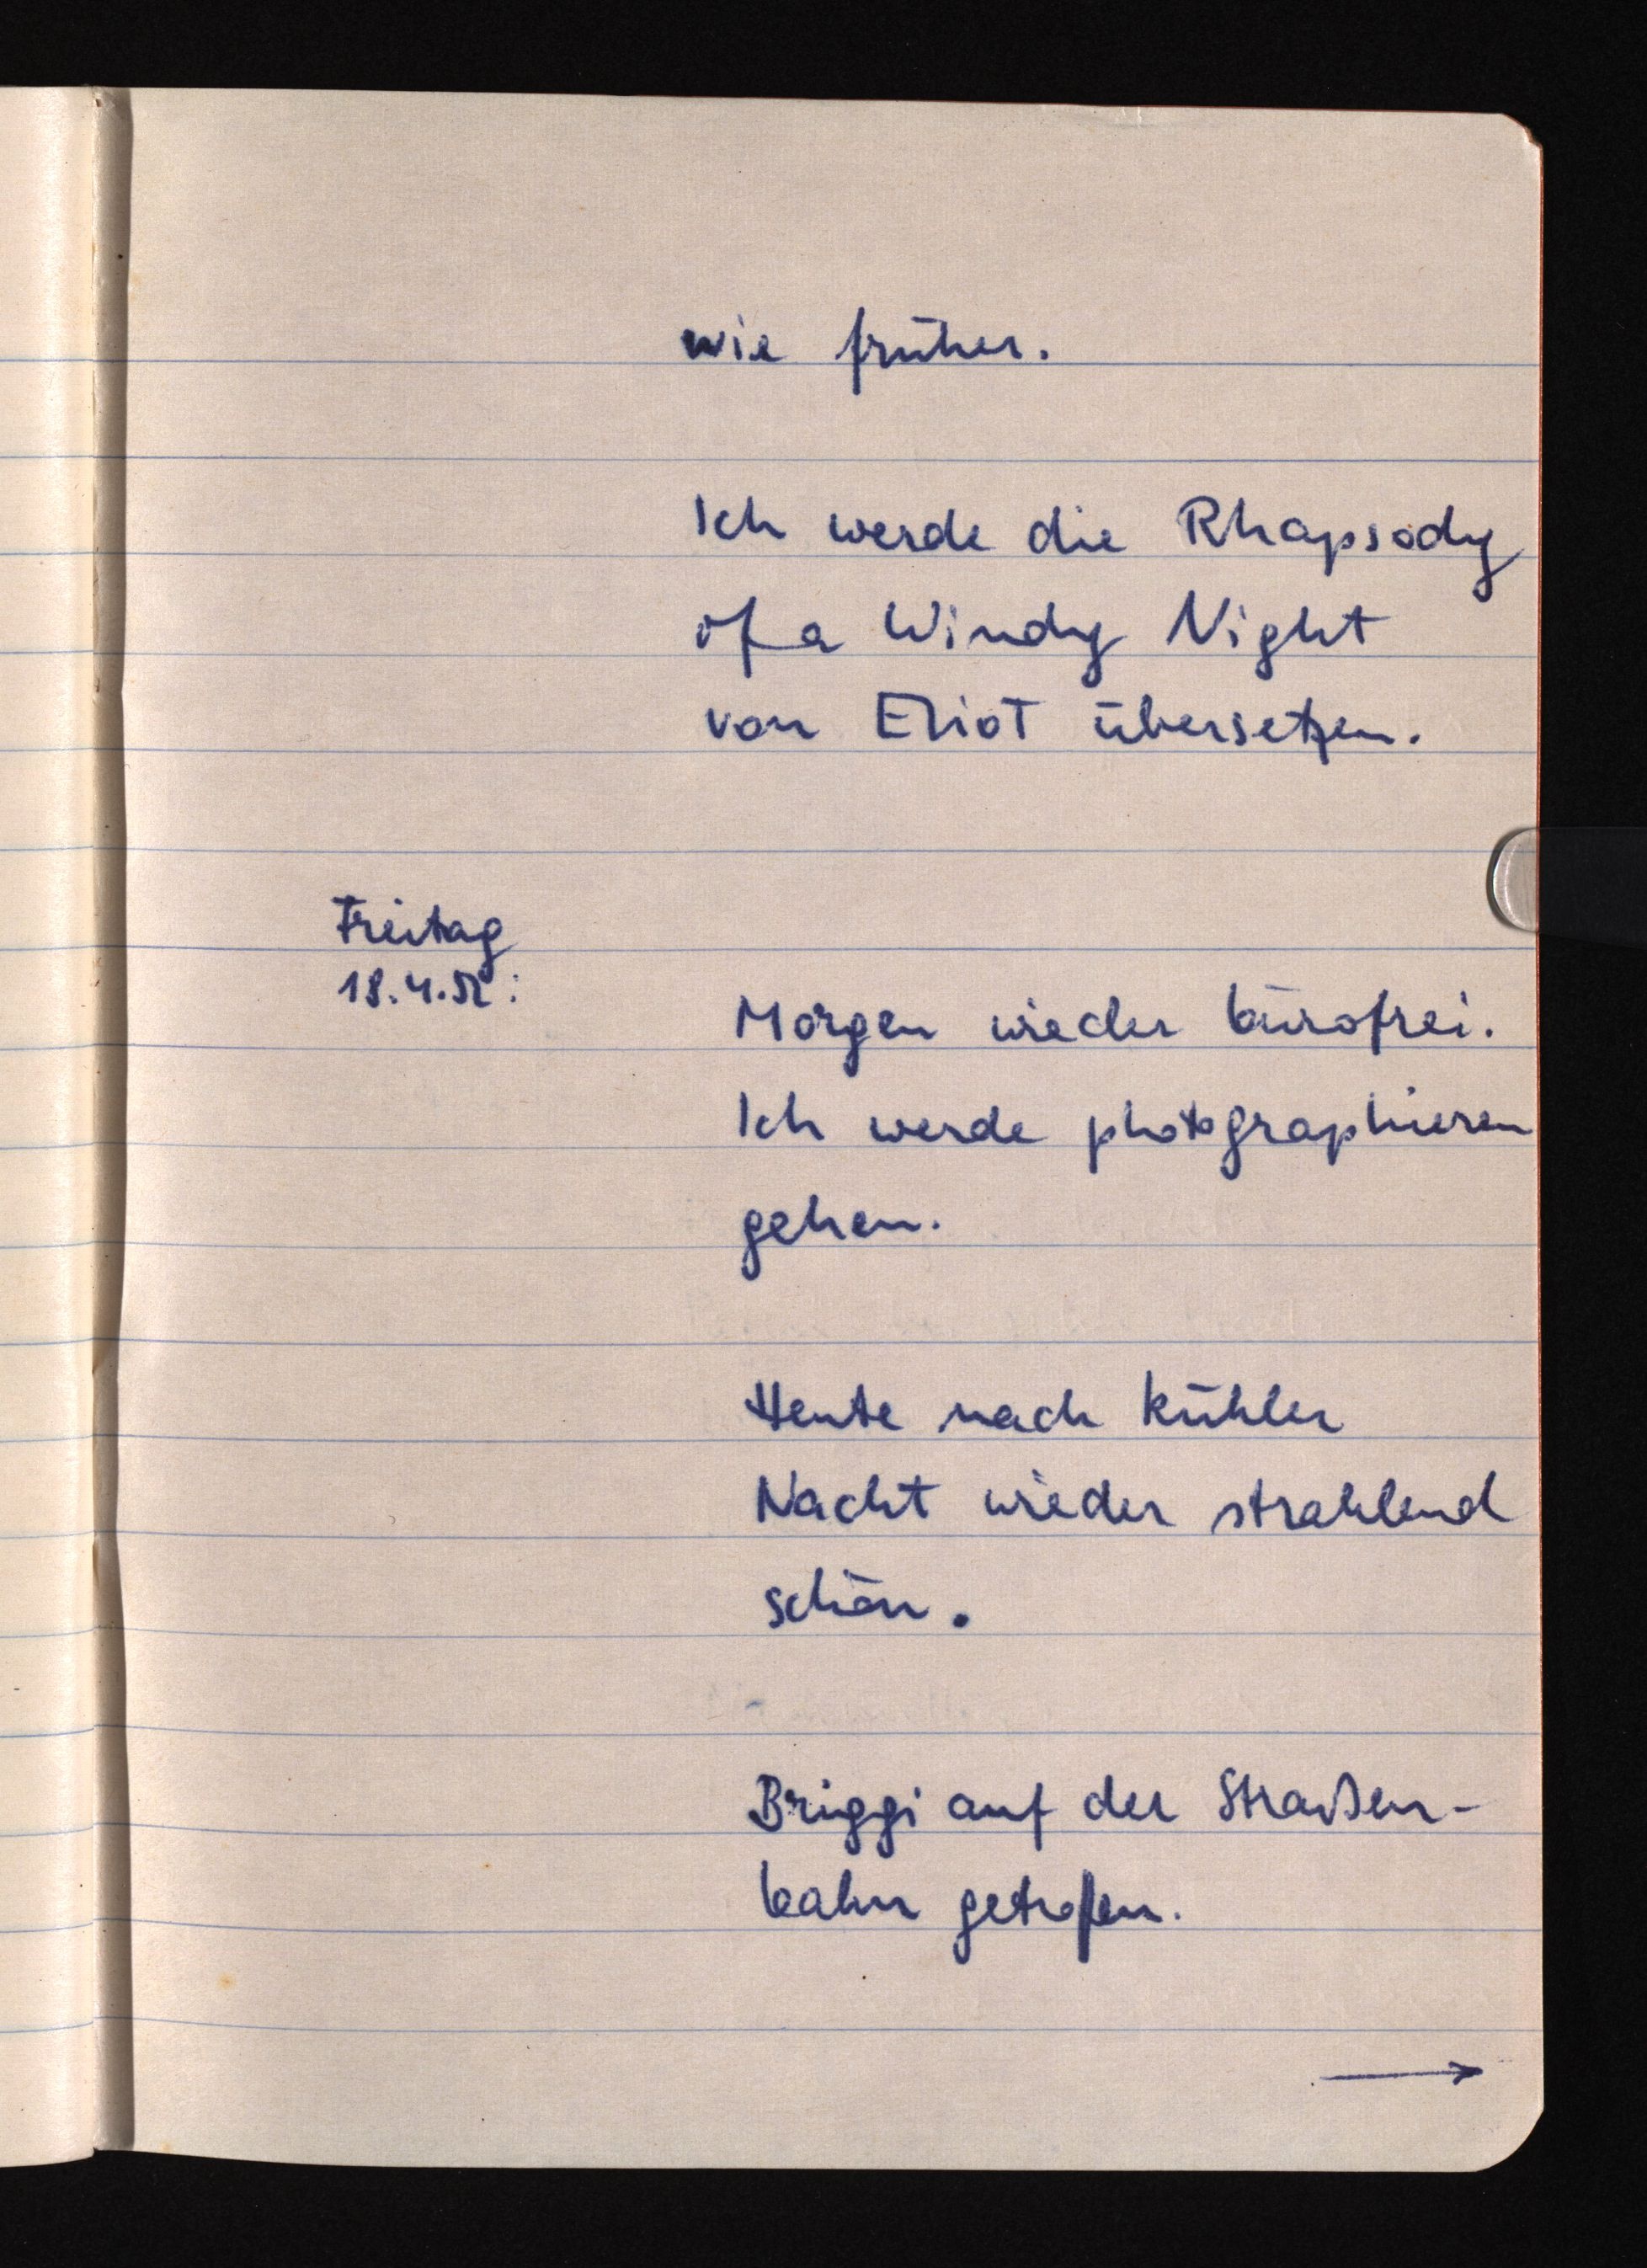
wie früher.
Ich werde die Rhapsody
of a Windy Night
von Eliot übersetzen.
Freitag
18.4.52:
Morgen wieder bürofrei.
Ich werde photographieren
gehen.
Heute nach kühler
Nacht wieder strahlend
schön.
Briggi auf der Straßen¬
bahn getroffen.